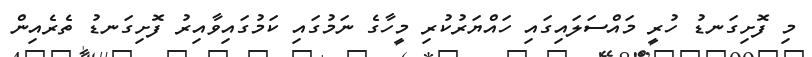
މި ފޮށިގަނޑު ހުރީ މައްސަލައިގައި ހައްޔަރުކުރި މީހާގެ ނަމުގައި ކަމުގައިވާއިރު ފޮށިގަނޑު ތެރެއިން